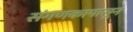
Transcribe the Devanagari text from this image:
संगणकापासून